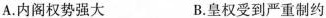
A.内阁权势强大 B.皇权受到严重制约